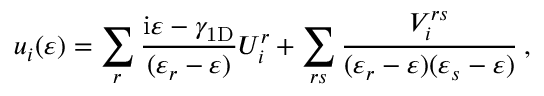
u _ { i } ( \varepsilon ) = \sum _ { r } \frac { \mathrm { i } \varepsilon - \gamma _ { \mathrm { 1 D } } } { ( \varepsilon _ { r } - \varepsilon ) } U _ { i } ^ { r } + \sum _ { r s } \frac { V _ { i } ^ { r s } } { ( \varepsilon _ { r } - \varepsilon ) ( \varepsilon _ { s } - \varepsilon ) } \: ,